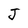
Character: J